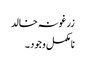
زرغونہ خالد
نامکمل وجود ۔